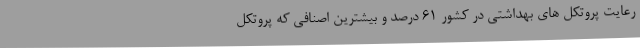
رعایت پروتکل های بهداشتی در کشور ۶۱ درصد و بیشترین اصنافی که پروتکل